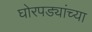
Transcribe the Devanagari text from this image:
घोरपड्यांच्या